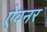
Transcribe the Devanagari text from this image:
ऐवनर